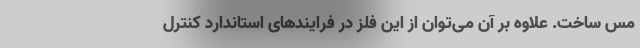
مس ساخت. علاوه بر آن می‌توان از این فلز در فرایندهای استاندارد کنترل